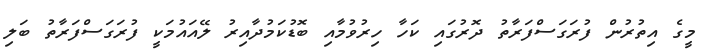
މީގެ އިތުރުން ފުރަގަސްފަރާތު ދޮރުގައި ކަހާ ހިރުވުމާއި ބޮޑުކަމުދާއިރު ލޭއައުމަކީ ފުރަގަސްފަރާތު ބަލި